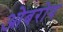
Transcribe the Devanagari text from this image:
ओबरोय